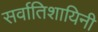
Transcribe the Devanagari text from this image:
सर्वातिशायिनी